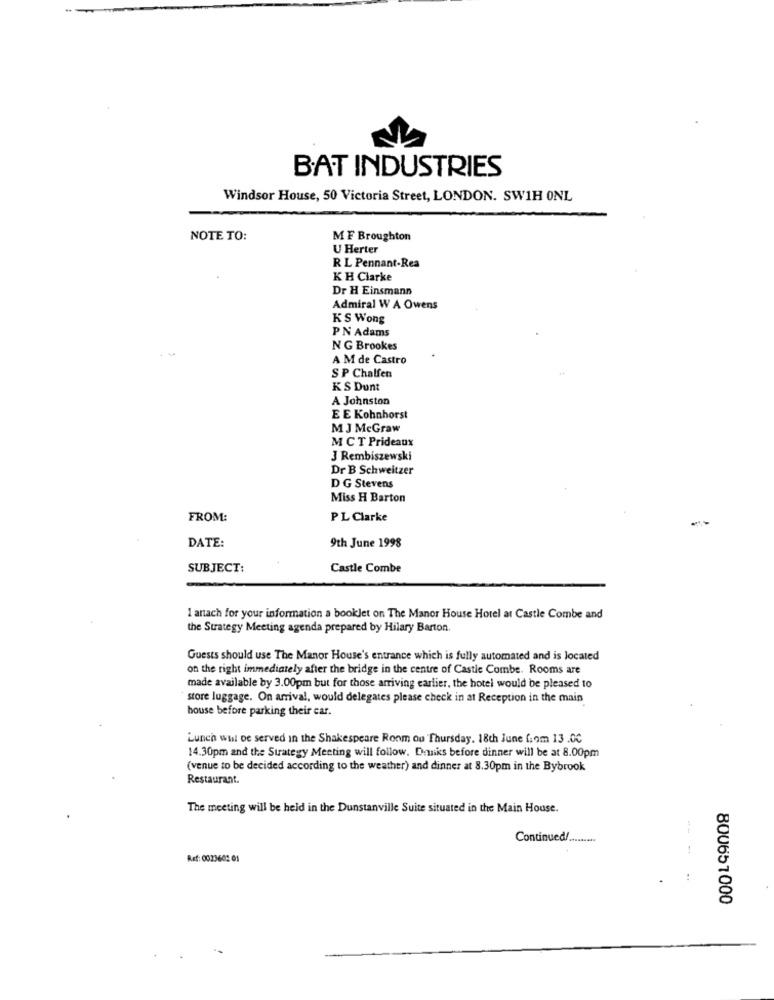
BAT INDUSTRIES
Windsor House, 50 Victoria Street, LONDON. SW1H ONL
NOTE TO:
MF Broughton
U Herter
R L Pennant-Rea
K H Clarke
Dr H Einsmann
Admiral W A Owens
KS Wong
PN Adams
N G Brookes
A M de Castro
S P Chalfen
KS Dunt
A Johnston
E E Kohnhorst
M J McGraw
M CT Prideaux
3 Rembiszewski
Dr B Schweitzer
D G Stevens
Miss H Barton
FROM:
PL Clarke
DATE:
9th June 1998
SUBJECT:
Castle Combe
I anach for your information a booklet on The Manor House Hotel at Castle Combe and
the Strategy Meeting agenda prepared by Hilary Barton.
Guests should use The Manor House's entrance which is fully automated and is located
on the right immediately after the bridge in the centre of Castle Combe. Rooms are
made available by 3.00pm but for those arriving earlier, the hotel would be pleased to
store luggage. On arrival, would delegates please check in at Reception in the main
house before parking their car.
Lunch will be served in the Shakespeare Room ou Thursday. 18th June fiom 13 .0℃
14.30pm and the Strategy Meeting will follow. Driks before dinner will be at 8.00pm
(venue to be decided according to the weather) and dinner at 8.30pm in the Bybrook
Restaurant.
The meeting will be held in the Dunstanville Suite situated in the Main House.
Continued/ .........
Ref: 0023602 01
.
:
800657000